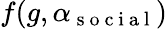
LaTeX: f(g,\alpha_{\mathrm{~s~o~c~i~a~l~}})